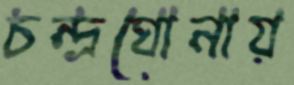
চন্দ্রঘোনায়